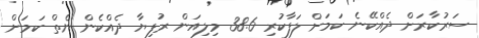
ސަރުކާރަށް ދެއްކޭނެ ކަމަށް ލަފާކުރި 38.6 މިލިއަން ރުފިޔާ ދެއްކެން ނެތް ކަމަށް